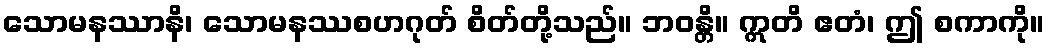
သောမနဿာနိ၊ သောမနဿစဟဂုတ် စိတ်တို့သည်။ ဘဝန္တိ။ ဣတိ ဧတံ၊ ဤ စကာကို။